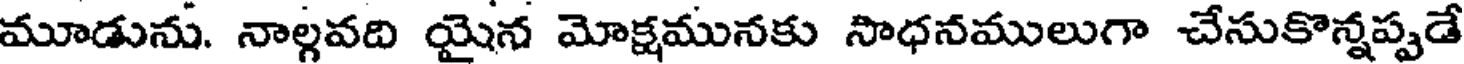
మూడును. నాల్గవది యైన మోక్షమునకు సాధనములుగా చేసుకొన్నప్పడే